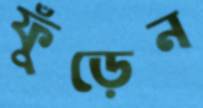
ফুঁড়েন